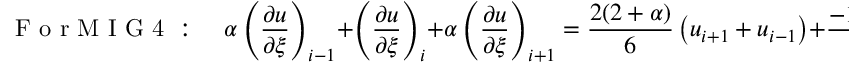
\mathrm { ~ F ~ o ~ r ~ M ~ I ~ G ~ 4 ~ : ~ } \quad \alpha \left( \frac { \partial u } { \partial \xi } \right) _ { i - 1 } + \left( \frac { \partial u } { \partial \xi } \right) _ { i } + \alpha \left( \frac { \partial u } { \partial \xi } \right) _ { i + 1 } = \frac { 2 ( 2 + \alpha ) } { 6 } \left( u _ { i + 1 } + u _ { i - 1 } \right) + \frac { - 1 + 4 \alpha } { 1 2 } \left( u _ { i + 2 } + u _ { i - 2 } \right)